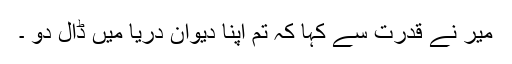
میر نے قدرت سے کہا کہ تم اپنا دیوان دریا میں ڈال دو ۔